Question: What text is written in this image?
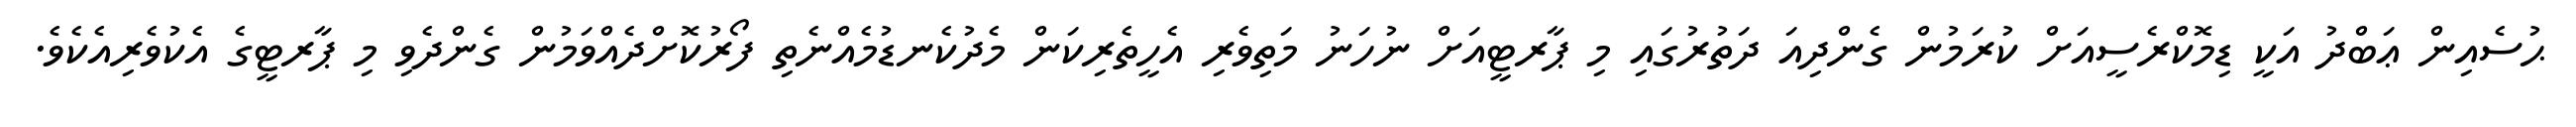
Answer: ޙުސެއިން ޢަބްދު އަކީ ޑިމޮކްރެސީއަށް ކުރަމުން ގެންދިއަ ދަތުރުގައި މި ޕާރޓީއަށް ނުހަނު މަތިވެރި އެހީތެރިކަން މެދުކެނޑުމެއްނެތި ފޯރުކޮށްދެއްވަމުން ގެންދެވި މި ޕާރޓީގެ އެކުވެރިއެކެވެ.